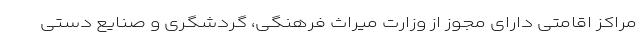
مراکز اقامتی دارای مجوز از وزارت میراث فرهنگی، گردشگری و صنایع دستی